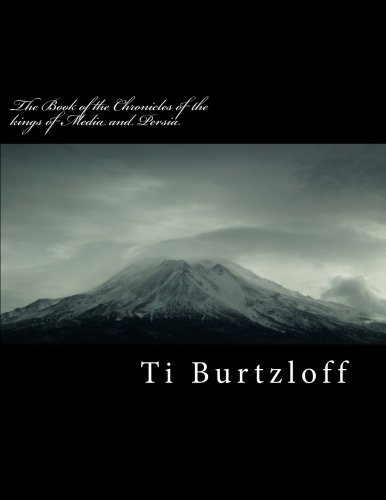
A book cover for The book of the Chronicles of the kings of Media and Persia: Referred to in Esther 10:2 includes Persian version; Ti Burtzloff; Christian Books & Bibles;